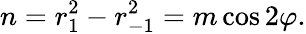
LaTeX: n=r_{1}^{2}-r_{{-}1}^{2}=m\cos 2\varphi.